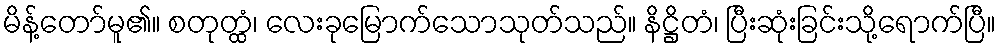
မိန့်တော်မူ၏။ စတုတ္ထံ၊ လေးခုမြောက်သောသုတ်သည်။ နိဋ္ဌိတံ၊ ပြီးဆုံးခြင်းသို့ရောက်ပြီ။